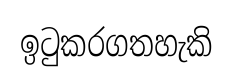
ඉටුකරගතහැකි